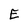
Character: E